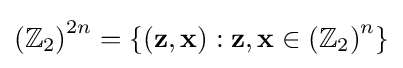
\left(\mathbb {Z} _{2}\right)^{2n}=\left\{\left(\mathbf {z,x} \right):\mathbf {z} ,\mathbf {x} \in \left(\mathbb {Z} _{2}\right)^{n}\right\}